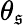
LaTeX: \theta_{\mathfrak{s}}